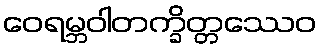
ဝေရမ္ဘဝါတက္ခိတ္တဿေဝ